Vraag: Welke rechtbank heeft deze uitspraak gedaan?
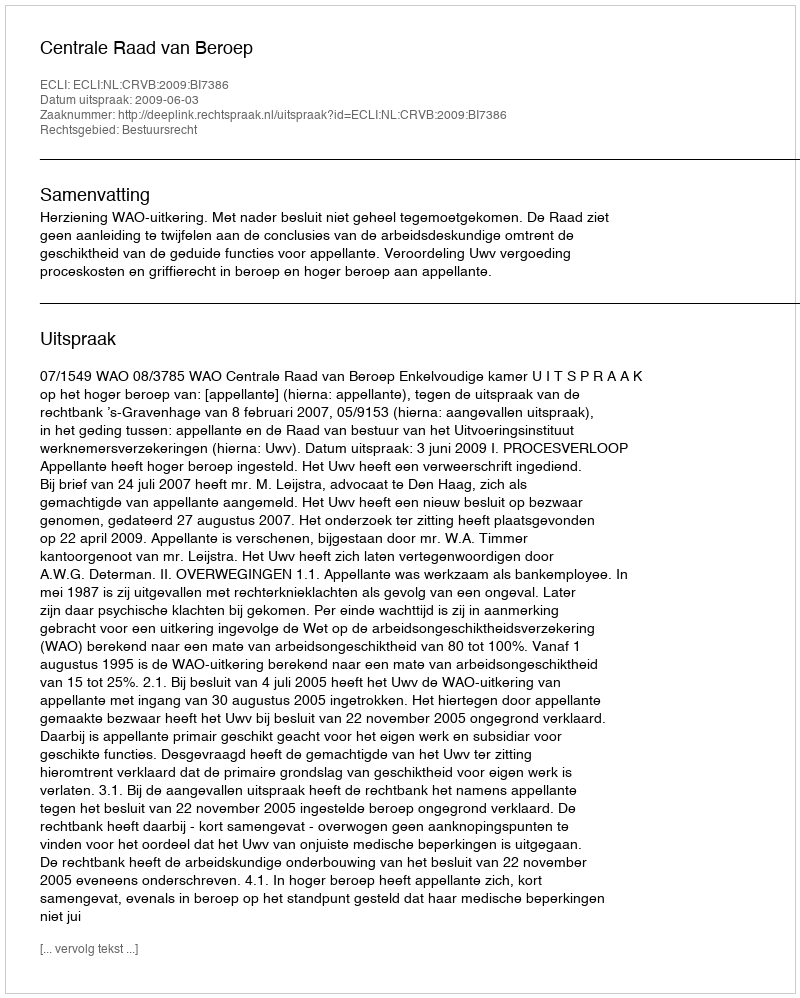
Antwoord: Centrale Raad van Beroep